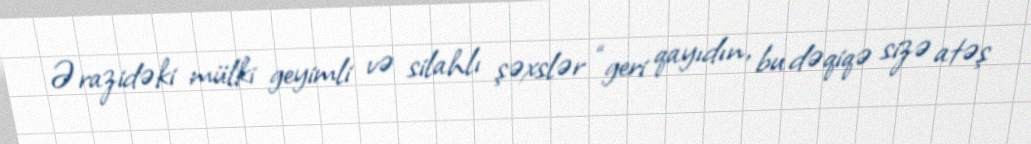
Ərazidəki mülki geyimli və silahlı şəxslər “geri qayıdın, bu dəqiqə sizə atəş